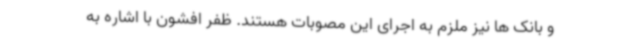
و بانک ها نیز ملزم به اجرای این مصوبات هستند. ظفر افشون با اشاره به